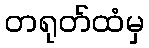
တရုတ်ထံမှ